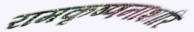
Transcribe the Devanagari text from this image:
रामकृष्णनाशारि